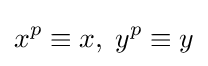
x^{p}\equiv x,\;y^{p}\equiv y